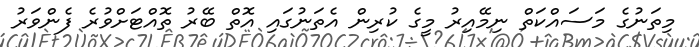
މިތަނުގެ މަސައްކަތް ނިމޭއިރު މީގެ ކުރިން އެތަނުގައި އޮތް ބޭރު ތޮއްޓަށްވުރެ ފެންވަރު